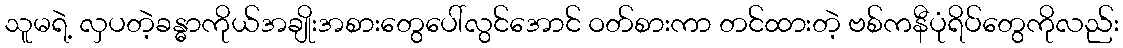
သူမရဲ့ လှပတဲ့ခန္ဓာကိုယ်အချိုးအစားတွေပေါ်လွင်အောင် ဝတ်စားကာ တင်ထားတဲ့ ဗစ်ကနီပုံရိပ်တွေကိုလည်း